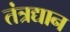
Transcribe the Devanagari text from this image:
तंत्रद्यान